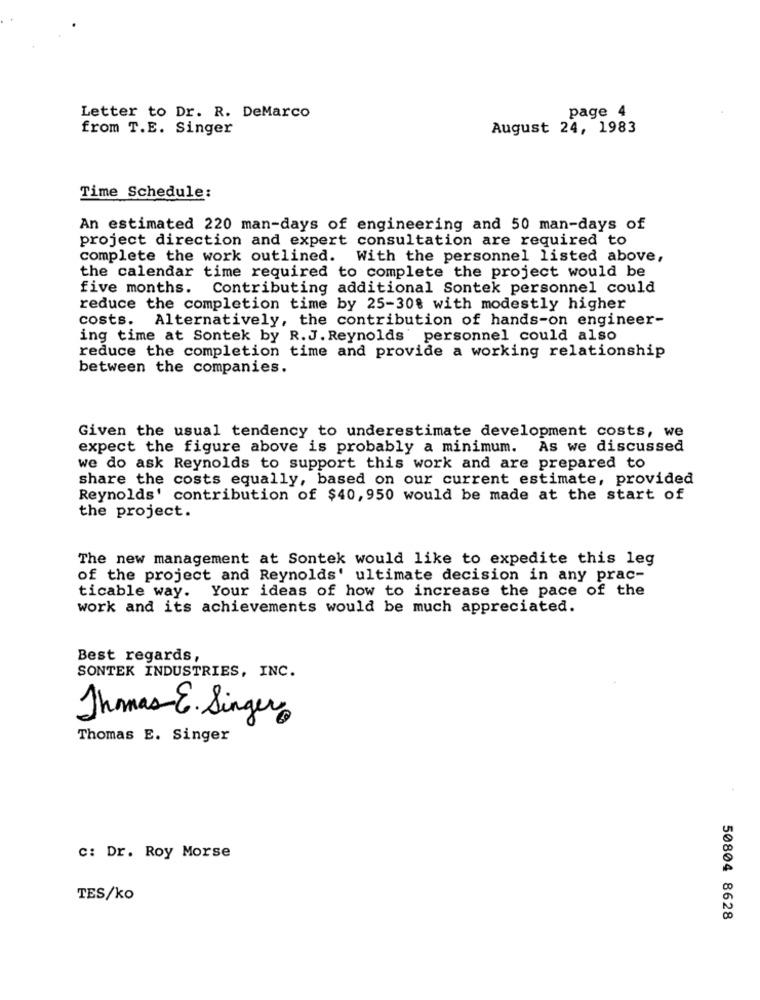
Letter to Dr. R. DeMarco
page 4
from T.E. Singer
August 24, 1983
Time Schedule:
An estimated 220 man-days of engineering and 50 man-days of
project direction and expert consultation are required to
complete the work outlined. With the personnel listed above,
the calendar time required to complete the project would be
five months. Contributing additional Sontek personnel could
reduce the completion time by 25-308 with modestly higher
costs.
Alternatively, the contribution of hands-on engineer-
ing time at Sontek by R.J. Reynolds' personnel could also
reduce the completion time and provide a working relationship
between the companies.
Given the usual tendency to underestimate development costs, we
expect the figure above is probably a minimum. As we discussed
we do ask Reynolds to support this work and are prepared to
share the costs equally, based on our current estimate, provided
Reynolds' contribution of $40, 950 would be made at the start of
the project.
The new management at Sontek would like to expedite this leg
of the project and Reynolds' ultimate decision in any prac-
ticable way. Your ideas of how to increase the pace of the
work and its achievements would be much appreciated.
Best regards,
SONTEK INDUSTRIES, INC.
Thomas E. Singer
Thomas E. Singer
C: Dr. Roy Morse
TES/ko
50804 8628